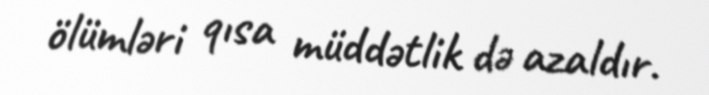
ölümləri qısa müddətlik də azaldır.